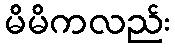
မိမိကလည်း